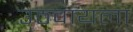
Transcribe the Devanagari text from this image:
उठवायला